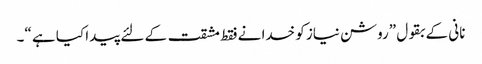
نانی کے بقول ”روشن نیاز کو خدا نے فقط مشقت کے لئے پیدا کیا ہے “۔